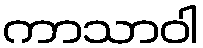
ကာသာဝါ